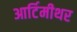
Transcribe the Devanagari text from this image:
आर्टिमीथर